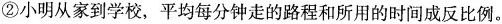
②小明从家到学校，平均每分钟走的路程和所用的时间成反比例。